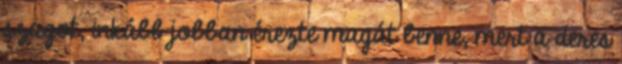
szagot, inkább jobban érezte magát benne, mert a deres